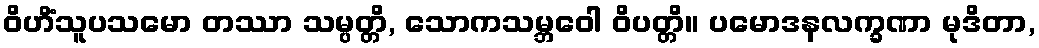
ဝိဟိံသူပသမော တဿာ သမ္ပတ္တိ, သောကသမ္ဘဝေါ ဝိပတ္တိ။ ပမောဒနလက္ခဏာ မုဒိတာ,